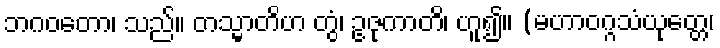
ဘဂဝတော၊ သည်။ တသ္မာတိဟ တွံ၊ ဥဇုကာတိ၊ ဟူ၍။ (မဟာဝဂ္ဂသံယုတ္တေ၊